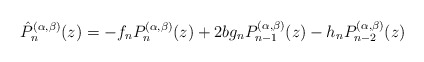
\begin{align*}\hat{P}_n^{(\alpha,\beta)}(z)=-f_nP_n^{(\alpha,\beta)}(z)+2b g_n P_{n-1}^{(\alpha,\beta)}(z)-h_n P_{n-2}^{(\alpha,\beta)}(z)\end{align*}